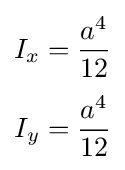
{\begin{aligned}I_{x}&={\frac {a^{4}}{12}}\\[3pt]I_{y}&={\frac {a^{4}}{12}}\end{aligned}}